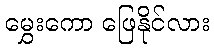
မွှေးကော ဖြေနိုင်လား